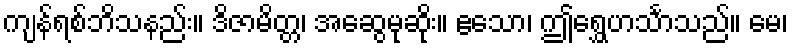
ကျန်ရစ်ဘိသနည်း။ ဒိဇာမိတ္တ၊ အဆွေမုဆိုး။ ဧသော၊ ဤရွှေဟင်္သာသည်။ မေ၊